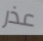
عذر